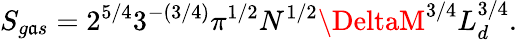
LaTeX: S_{g\mathfrak{a}s}=2^{5/4}3^{-(3/4)}\pi^{1/2}N^{1/2}\DeltaM^{3/4}L_{d}^{3/4}.